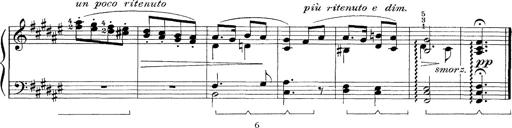
Title: FÃ¼nf KlavierstÃ¼cke
Composer: Franz Liszt